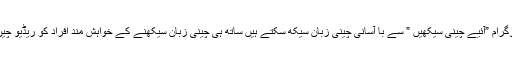
چینی زبان سیکھنے کے خواہش مند اردو سروس سے روزانہ کی بنیاد پر نشر ہونے والے پروگرام ”آئیے چینی سیکھیں ” سے با آسانی چینی زبان سیکھ سکتے ہیں ساتھ ہی چینی زبان سیکھنے کے خواہش مند افراد کو ریڈیو چین کی جانب سے چینی زبان سیکھانے کی کتب بھی بغیر کسی معاوضے کے بھیجی جاتی ہیں۔